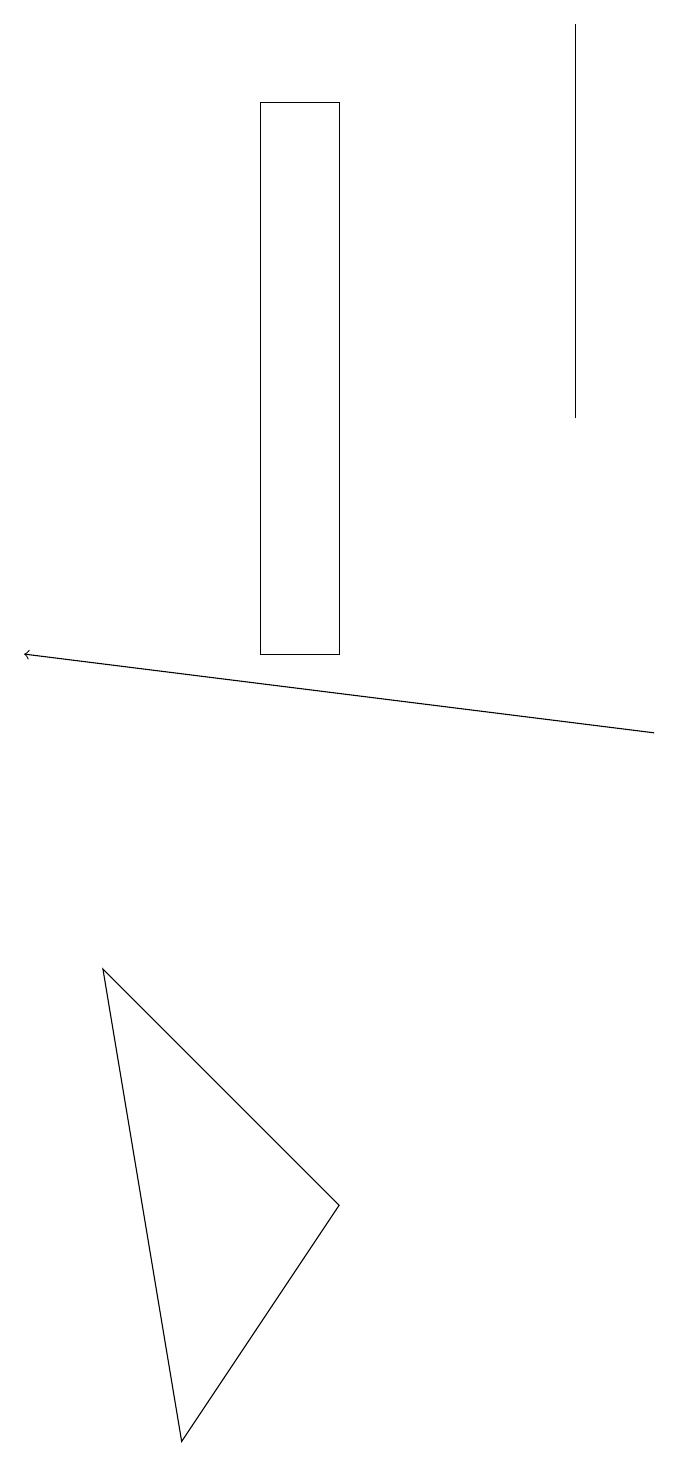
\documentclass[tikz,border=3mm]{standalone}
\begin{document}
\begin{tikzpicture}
\draw (8,19) rectangle (8,14);
\draw (2,7) -- (5,4) -- (3,1) -- cycle;
\draw (4,18) rectangle (5,11);
\draw[->] (9,10) -- (1,11);
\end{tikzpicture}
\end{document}